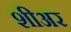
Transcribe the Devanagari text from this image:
शीअर